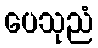
ပေသုညံ